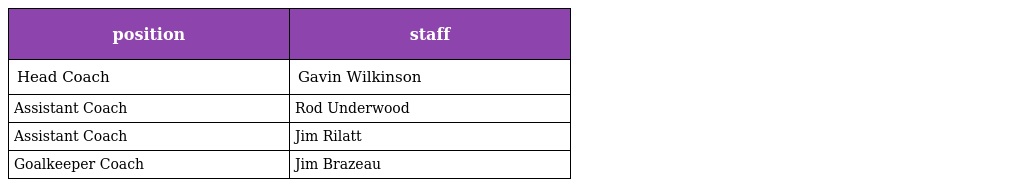
| position | staff |
 | --- | --- |
 | Head Coach | Gavin Wilkinson |
 | Assistant Coach | Rod Underwood |
 | Assistant Coach | Jim Rilatt |
 | Goalkeeper Coach | Jim Brazeau |